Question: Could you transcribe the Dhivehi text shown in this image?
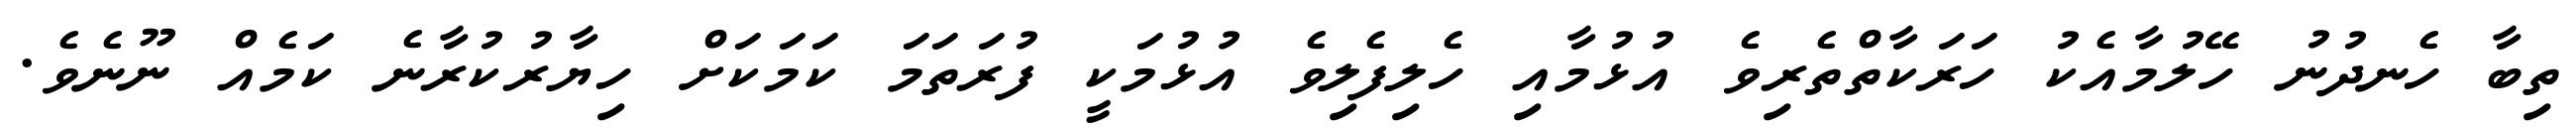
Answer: ތިބާ ހެނދުނު ހޭލުމާއެކު ހަރަކާތްތެރިވެ އުޅުމާއި ހެލިފެލިވެ އުޅުމަކީ ފުރަތަމަ ކަމަކަށް ހިޔާރުކުރާނެ ކަމެއް ނޫނެވެ.